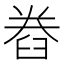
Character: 𮍨